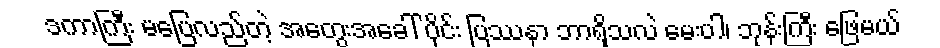
ဒကာကြီး မပြေလည်တဲ့ အတွေးအခေါ် ပိုင်း ပြဿနာ ဘာရှိသလဲ မေးပါ၊ ဘုန်းကြီး ဖြေမယ်